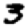
Digit: 3